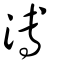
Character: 溥